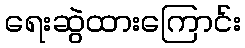
ရေးဆွဲထားကြောင်း